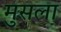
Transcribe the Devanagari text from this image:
मुसला